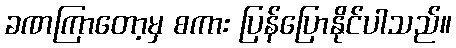
ခဏကြာတော့မှ စကား ပြန်ပြောနိုင်ပါသည်။